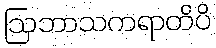
ဩဘာသကရာတိပိ